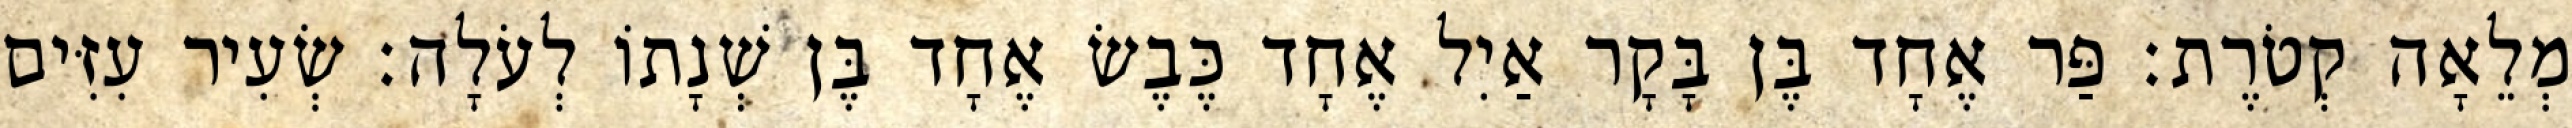
מְלֵאָה קְטֹרֶת׃ פַּר אֶחָד בֶּן בָּקָר אַיִל אֶחָד כֶּבֶשׂ אֶחָד בֶּן שְׁנָתוֹ לְעֹלָה׃ שְׂעִיר עִזִּים